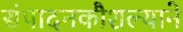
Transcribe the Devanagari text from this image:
संपादनकौशल्याने